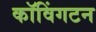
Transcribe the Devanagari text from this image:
कॉविंगटन